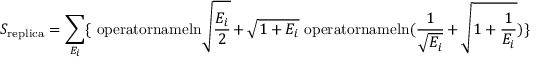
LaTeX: S _ { \mathrm { r e p l i c a } } = \sum _ { E _ { i } } \{ \mathrm { \ o p e r a t o r n a m e { l n } } \sqrt { { \frac { E _ { i } } { 2 } } } + \sqrt { 1 + E _ { i } } \mathrm { \ o p e r a t o r n a m e { l n } } ( { \frac { 1 } { \sqrt { E _ { i } } } } + \sqrt { 1 + { \frac { 1 } { E _ { i } } } } ) \}